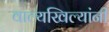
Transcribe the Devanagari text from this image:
वाल्यखिल्यांनी